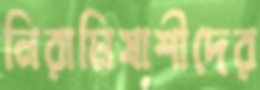
নিরামিষাশীদের